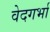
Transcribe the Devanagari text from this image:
वेदगर्भा